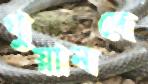
গুয়ানদে